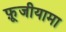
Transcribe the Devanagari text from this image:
फ़ूजीयामा